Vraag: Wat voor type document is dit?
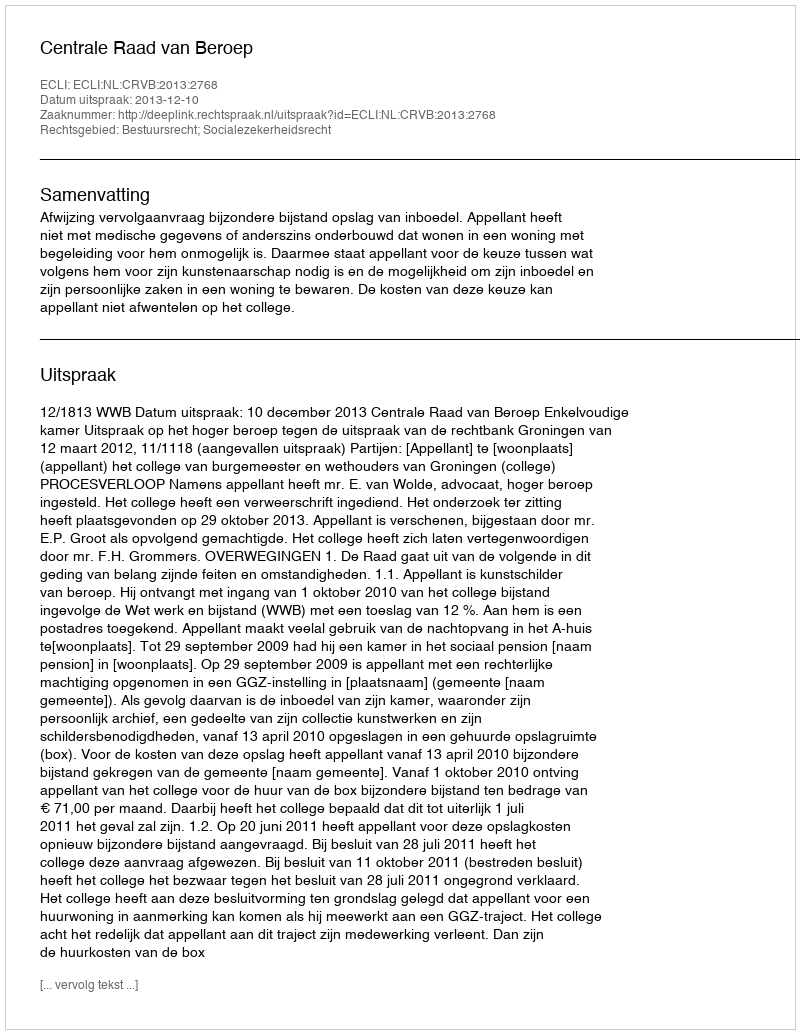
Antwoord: Uitspraak